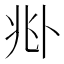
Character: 𠧞